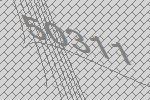
50311